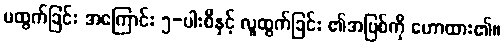
မထွက်ခြင်း အကြောင်း ၅-ပါးစီနှင့် လူထွက်ခြင်း ၏အပြစ်ကို ဟောထား၏။